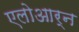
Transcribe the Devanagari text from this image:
एलोआर्न